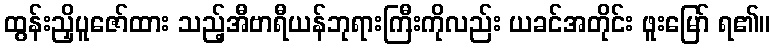
ထွန်းညှိပူဇော်ထား သည့်အီဗာရီယန်ဘုရားကြီးကိုလည်း ယခင်အတိုင်း ဖူးမြော် ရ၏။